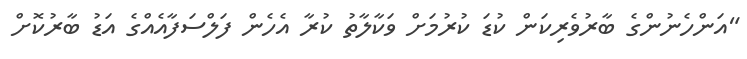
"އަންހެނުންގެ ބާރުވެރިކަން ކުޑަ ކުރުމަށް ވަކާލާތު ކުރާ އެހެން ފަލްސަފާއެއްގެ އަޑު ބާރުކޮށް